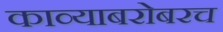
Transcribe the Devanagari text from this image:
काव्याबरोबरच